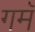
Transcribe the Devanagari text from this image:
गमॅ